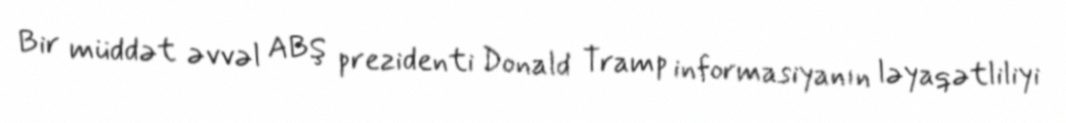
Bir müddət əvvəl ABŞ prezidenti Donald Tramp informasiyanın ləyaqətliliyi